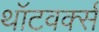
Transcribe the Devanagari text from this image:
थॉटवर्क्स